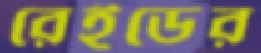
রেইডের